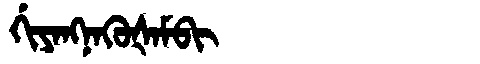
Manchu: ᡤᡳᠶᠠᠩᠨᠠᡴᡠᡧᠠᠮᠪᡳ
Romanization: GIYANGNAKUŠAMBI